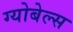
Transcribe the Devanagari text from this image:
ग्योबेल्स